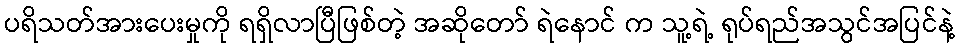
ပရိသတ်အားပေးမှုကို ရရှိလာပြီဖြစ်တဲ့ အဆိုတော် ရဲနောင် က သူ့ရဲ့ ရုပ်ရည်အသွင်အပြင်နဲ့